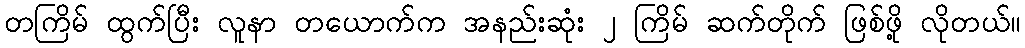
တကြိမ် ထွက်ပြီး လူနာ တယောက်က အနည်းဆုံး ၂ ကြိမ် ဆက်တိုက် ဖြစ်ဖို့ လိုတယ်။